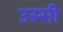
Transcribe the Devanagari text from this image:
उस्सी